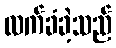
လက်ခံခဲ့သည်